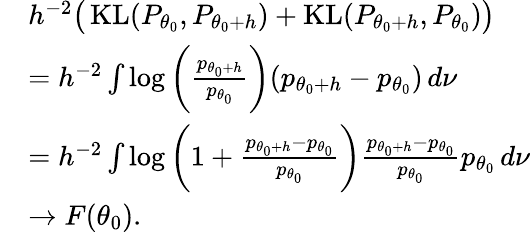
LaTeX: \begin{array}{rl}&{h^{-2}\big(\operatorname{KL}(P_{\theta_{0}},P_{{\theta_{0}}+h})+\operatorname{KL}(P_{{\theta_{0}}+h},P_{\theta_{0}})\big)}\\ &{=h^{-2}\int\log\bigg(\frac{p_{{\theta_{0}}+h}}{p_{\theta_{0}}}\bigg)(p_{{\theta_{0}}+h}-p_{\theta_{0}})\, d\nu}\\ &{=h^{-2}\int\log\bigg(1+\frac{p_{{\theta_{0}}+h}-p_{\theta_{0}}}{p_{\theta_{0}}}\bigg)\frac{p_{{\theta_{0}}+h}-p_{\theta_{0}}}{p_{\theta_{0}}}p_{\theta_{0}}\, d\nu}\\ &{\rightarrow F({\theta_{0}}).}\end{array}